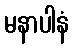
မနာပါနံ